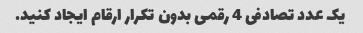
یک عدد تصادفی 4 رقمی بدون تکرار ارقام ایجاد کنید.